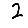
Digit: 2